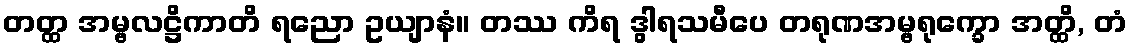
တတ္ထ အမ္ဗလဋ္ဌိကာတိ ရညော ဥယျာနံ။ တဿ ကိရ ဒွါရသမီပေ တရုဏအမ္ဗရုက္ခော အတ္ထိ, တံ